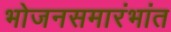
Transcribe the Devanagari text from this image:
भोजनसमारंभांत